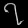
Digit: ၇